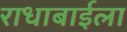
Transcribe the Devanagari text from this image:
राधाबाईला